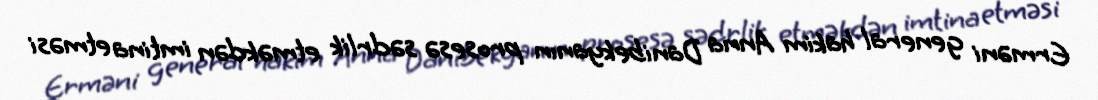
Erməni general hakim Anna Danibekyanın prosesə sədrlik etməkdən imtina etməsi